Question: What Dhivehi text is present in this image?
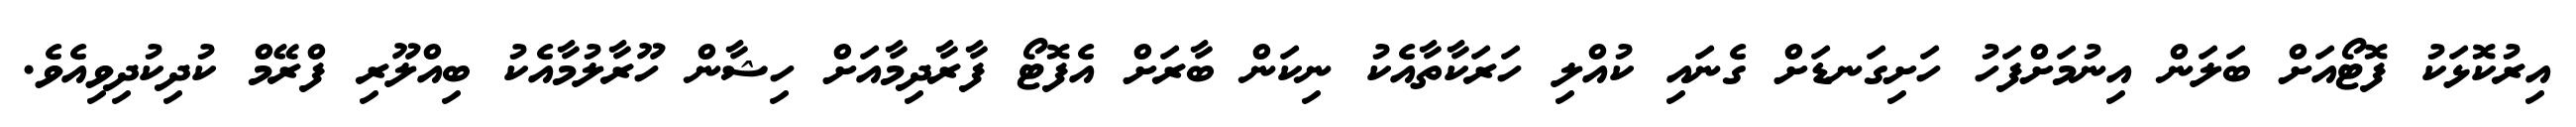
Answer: އިރުކޮޅަކު ފޮޓޯއަށް ބަލަން އިނުމަށްފަހު ހަށިގަނޑަށް ގެނައި ކުއްލި ހަރަކާތާއެކު ނިކަން ބާރަށް އެފޮޓޯ ފާރާދިމާއަށް ހިޝާން ހޫރާލުމާއެކު ބިއްލޫރި ފްރޭމް ކުދިކުދިވިއެވެ.